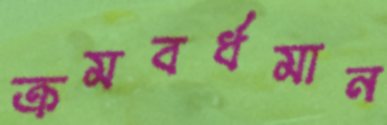
ক্রমবর্ধমান